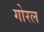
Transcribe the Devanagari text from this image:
गोरल